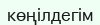
көңілдегім